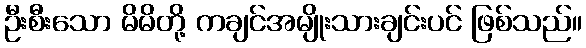
ဦးစီးသော မိမိတို့ ကချင်အမျိုးသားချင်းပင် ဖြစ်သည်။